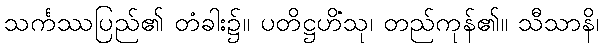
သင်္ကဿပြည်၏ တံခါး၌။ ပတိဋ္ဌဟိံသု၊ တည်ကုန်၏။ သီသာနိ၊